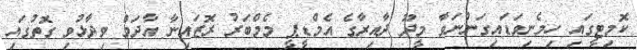
ކޮމިޓީގައި ހިމެނިވަޑައިގަންނަވާ މީދޫ ދާއިރާގެ އެމްޑީޕީ މެމްބަރު ރޮޒައިނާ އާދަމް ވިދާޅުވި ގޮތުގައި